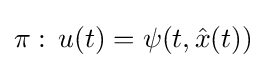
{\begin{aligned}\pi :\,u(t)=\psi (t,{\hat {x}}(t))\end{aligned}}